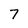
Character: 7